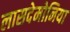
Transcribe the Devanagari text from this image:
लासदेमोनिया